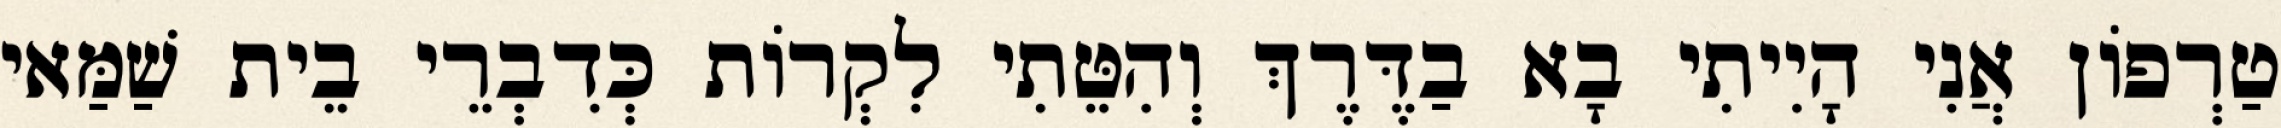
טַרְפוֹן אֲנִי הָיִיתִי בָא בַדֶּרֶךְ וְהִטֵּתִי לִקְרוֹת כְּדִבְרֵי בֵית שַׁמַּאי